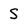
Character: S